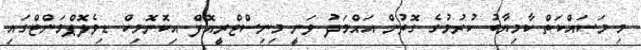
މި މަސައްކަތް ކާމިޔާބު ކުރުމުގެ ގޮތުން އަޙްމަދު ވަނީ މިނިސްޓްރީއޮފް އިކޮނޮމިކް ޑިވެލޮޕްމަންޓްގައި